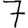
Digit: 7